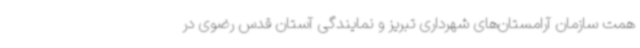
همت سازمان آرامستان‌های شهرداری تبریز و نمایندگی آستان قدس رضوی در